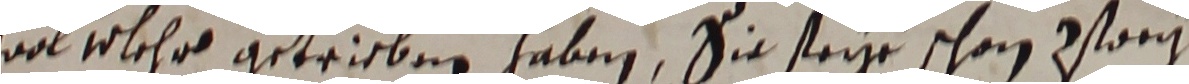
wol wlehro gewriebnn haben, sie seye schon wor